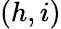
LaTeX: (h,i)